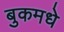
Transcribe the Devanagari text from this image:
बुकमधे